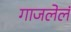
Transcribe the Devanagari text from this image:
गाजलेलं